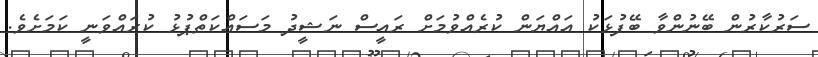
ސަރުކާރުން ބޭނުންވާ ބޭފުޅަކު އައްޔަން ކުރެއްވުމަށް ރައީސް ނަޝީދު މަސައްކަތްޕުޅު ކުރައްވަނީ ކަމަށެވެ.